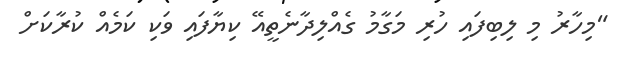
"މިހާރު މި ލިބިފައި ހުރި މަގާމު ގެއްލިދާނެތީއޭ ކިޔާފައި ވަކި ކަމެއް ކުރާކަށް